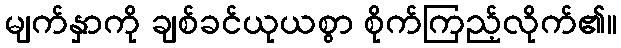
မျက်နှာကို ချစ်ခင်ယုယစွာ စိုက်ကြည့်လိုက်၏။